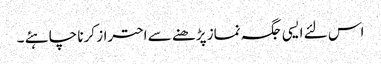
اس لئے ایسی جگہ نماز پڑھنے سے احتراز کرنا چاہئے ۔